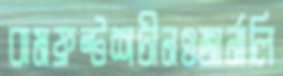
বামফ্রন্টশচীনওজার্নালি